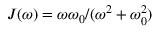
J ( \omega ) = \omega \omega _ { 0 } / ( \omega ^ { 2 } + \omega _ { 0 } ^ { 2 } )